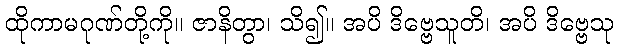
ထိုကာမဂုဏ်တို့ကို။ ဇာနိတွာ၊ သိ၍။ အပိ ဒိဗ္ဗေသူတိ၊ အပိ ဒိဗ္ဗေသု